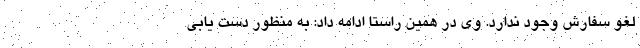
لغو سفارش وجود ندارد. وی در همین راستا ادامه داد: به منظور دست یابی